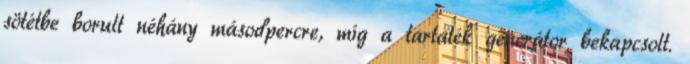
sötétbe borult néhány másodpercre, míg a tartalék generátor bekapcsolt.